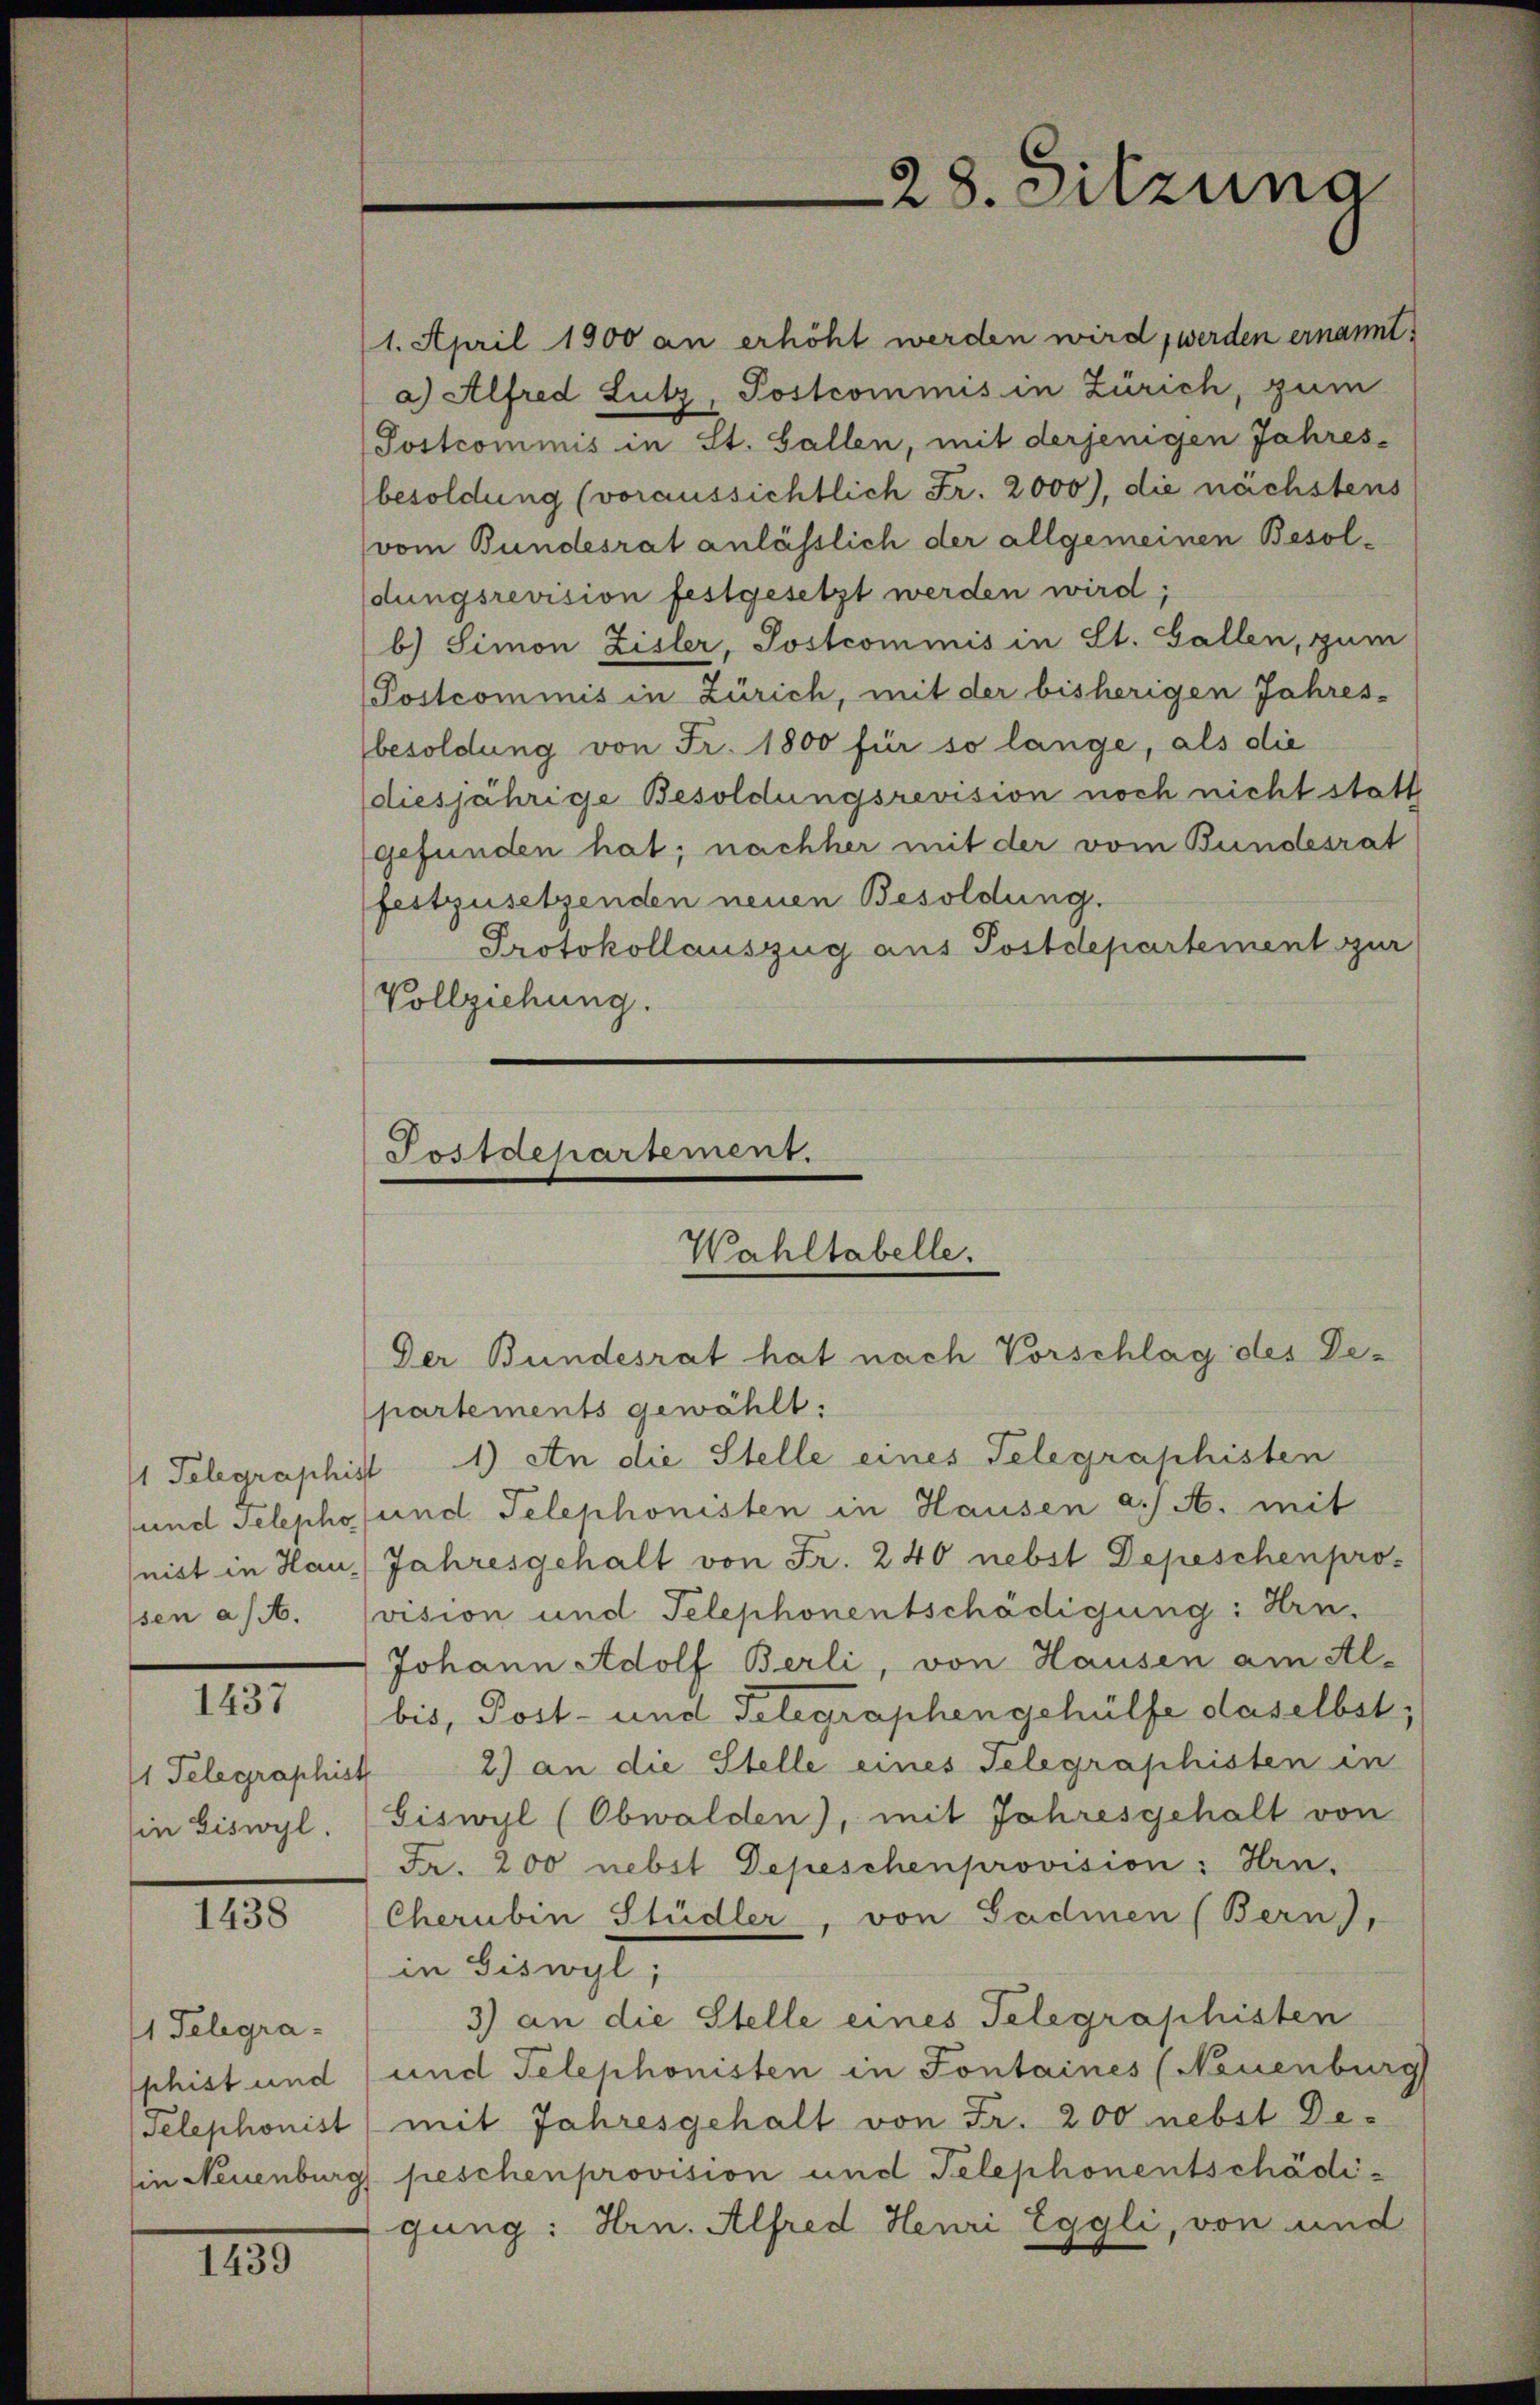
und Telepho
sen a/A.

1437

1 Telegraphis
in biswyl.

II.

1 Telegrashist und
Telephonist

113

28. Sitzuna

1. April 1900 an erhöht werden wird, werden ernannt.
a) Alfred Lutz, Postcommis in Zürich, zum
Postcommis in St. Gallen, mit derjenigen Jahres-
besoldung (voraussichtlich Fr. 2000), die nächstens
vom Bundesrat anlässlich der allgemeinen Besoldungsrevision festgesetzt werden wird;
b) Simon Zisler, Postcommis in St. Gallen, zum
Postcommis in Zürich, mit der bisherigen Jahres-
besoldung von Fr. 1800 für so lange, als die
diesjährige Besoldungsrevision noch nicht statt
gefunden hat; nachher mit der vom Bundesrat
festzusetzenden neuen Besoldung.
Protokollauszug aus Postdepartement zur
Vollziehung.

Postdepartement.
Wahltabelle.
Der Bundesrat hat nach Vorschlag des De¬

partements gewählt:
1 Telegraphist 4) An die Stelle eines Telegraphisten
und Telephonisten in Hausen a. A. mit
nist in Hau, Jahresgehalt von Fr. 240 nebst Depeschen pro-
vision und Telephonentschädigung: Hrn.
Johann Adolf Berli, von Hausen am Al-
bis, Post- und Telegraphen gehülfe daselbst,
2) an die Stelle eines Telegraphisten in
.
biswyl (Obwalden), mit Jahresgehalt von
Fr. 200 nebst Depeschenprovision: Hrn.
Cherubin Stüdler, von Gadmen (Bern,
in Biswyt,
3) an die Stelle eines Telegraphisten
und Telephonisten in Fontaines (Neuenburg
mit Jahresgehalt von Fr. 200 nebst De-
in Neuenburg peschen provision und Telephonentschädigung: Hrn. Alfred Henri Eggli, von und